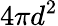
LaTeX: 4\pi d^{2}